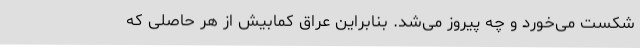
شکست می‌خورد و چه پیروز می‌شد. بنابراین عراق کمابیش از هر حاصلی که